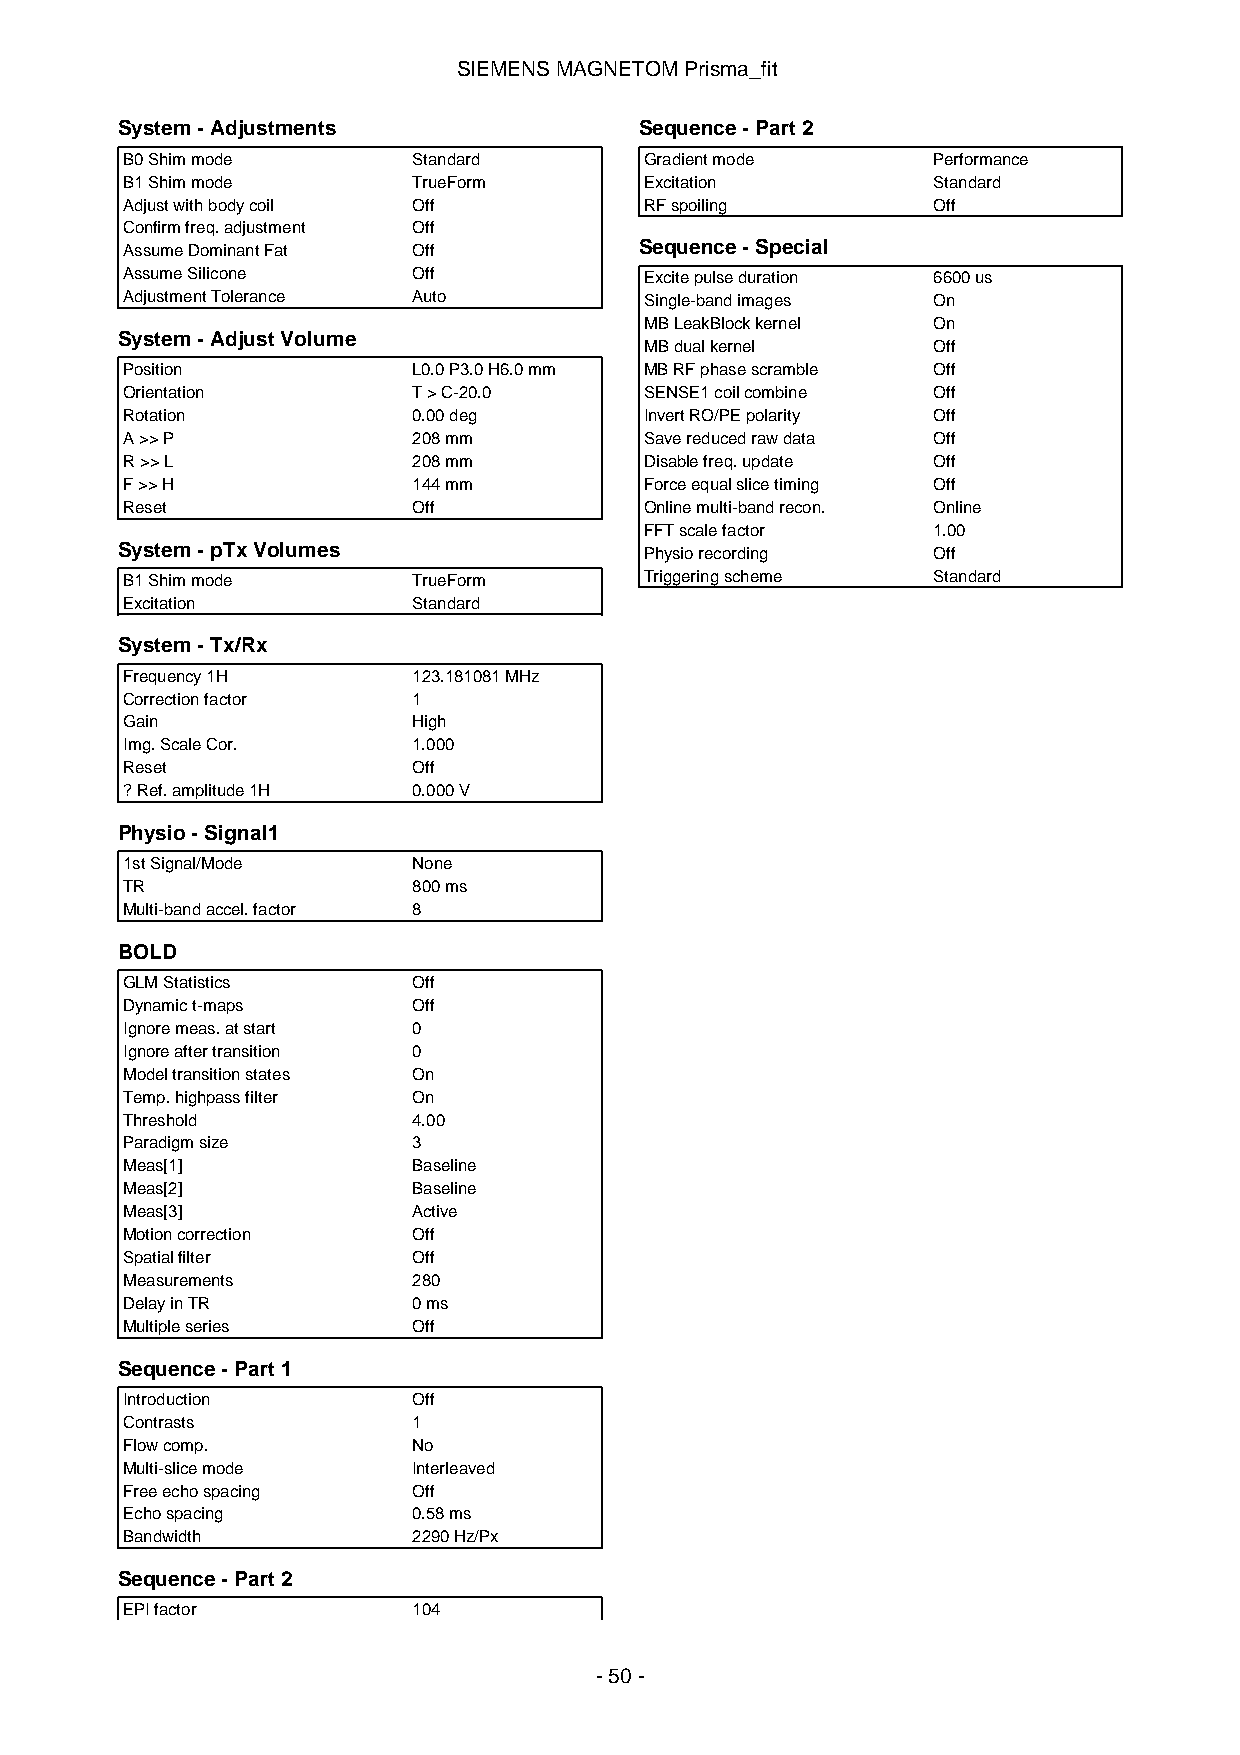
SIEMENSMAGNETOMPrisma_fit
 System-Adjustments                Sequence-Part2
 B0Shimmode         Standard        Gradientmode       Performance
 B1Shimmode         TrueForm        Excitation         Standard
 Adjustwithbodycoil Off             RFspoiling         Off
 Confirmfreq.adjustment Off
 AssumeDominantFat  Off            Sequence-Special
 AssumeSilicone     Off             Excitepulseduration 6600us
 AdjustmentTolerance Auto           Single-bandimages  On
 MBLeakBlockkernel  On
 System-AdjustVolume
 MBdualkernel       Off
 Position           L0.0P3.0H6.0mm  MBRFphasescramble  Off
 Orientation        T>C-20.0        SENSE1coilcombine  Off
 Rotation           0.00deg         InvertRO/PEpolarity Off
 A>>P               208mm           Savereducedrawdata Off
 R>>L               208mm           Disablefreq.update Off
 F>>H               144mm           Forceequalslicetiming Off
 Reset              Off             Onlinemulti-bandrecon. Online
 FFTscalefactor     1.00
 System-pTxVolumes                  Physiorecording    Off
 B1Shimmode         TrueForm        Triggeringscheme   Standard
 Excitation         Standard
 System-Tx/Rx
 Frequency1H        123.181081MHz
 Correctionfactor   1
 Gain               High
 Img.ScaleCor.      1.000
 Reset              Off
 ?Ref.amplitude1H   0.000V
 Physio-Signal1
 1stSignal/Mode     None
 TR                 800ms
 Multi-bandaccel.factor 8
 BOLD
 GLMStatistics      Off
 Dynamict-maps      Off
 Ignoremeas.atstart 0
 Ignoreaftertransition 0
 Modeltransitionstates On
 Temp.highpassfilter On
 Threshold          4.00
 Paradigmsize       3
 Meas[1]            Baseline
 Meas[2]            Baseline
 Meas[3]            Active
 Motioncorrection   Off
 Spatialfilter      Off
 Measurements       280
 DelayinTR          0ms
 Multipleseries     Off
 Sequence-Part1
 Introduction       Off
 Contrasts          1
 Flowcomp.          No
 Multi-slicemode    Interleaved
 Freeechospacing    Off
 Echospacing        0.58ms
 Bandwidth          2290Hz/Px
 Sequence-Part2
 EPIfactor          104
 -50-